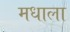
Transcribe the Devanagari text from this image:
मधाला